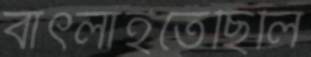
বাৎলাইতেছিলি